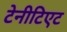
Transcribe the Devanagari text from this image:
टेनीटिएट